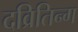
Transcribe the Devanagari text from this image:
दव्रितिन्ग